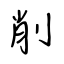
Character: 削